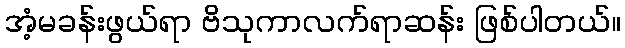
အံ့မခန်းဖွယ်ရာ ဗိသုကာလက်ရာဆန်း ဖြစ်ပါတယ်။